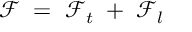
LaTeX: { \mathcal F } \; = \; { \mathcal F } _ { t } \; + \; { \mathcal F } _ { l }